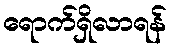
ရောက်ရှိလာရန်